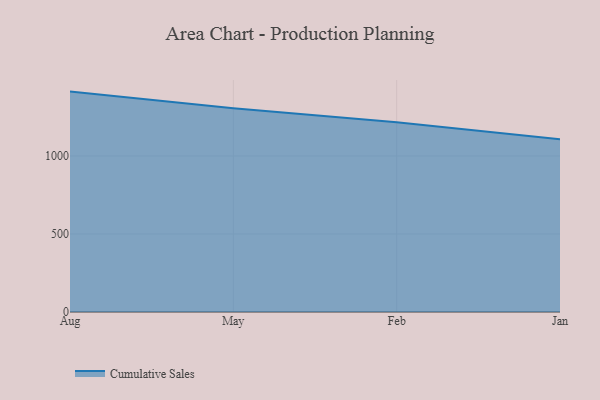
{"axis": {"x": "Month", "y": "Shipments"}, "legend": ["Cumulative Sales"], "data": [{"x": "Aug", "y": 1412.8, "type": "Cumulative Sales"}, {"x": "May", "y": 1306.7, "type": "Cumulative Sales"}, {"x": "Feb", "y": 1215.7, "type": "Cumulative Sales"}, {"x": "Jan", "y": 1107.7, "type": "Cumulative Sales"}]}